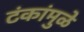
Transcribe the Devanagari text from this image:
टंकांमुळे